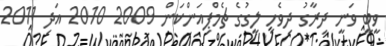
ވީބީ ވަނީ ދިރާގު ދިވެހި ލީގުގެ ޗެމްޕިއަންކަން 2009 2010 އަދި 2011